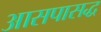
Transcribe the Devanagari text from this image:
आसपासद्ध